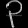
Digit: ၃